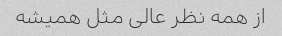
از همه نظر عالی مثل همیشه